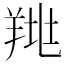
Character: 𦎉